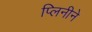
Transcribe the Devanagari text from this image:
प्लिनीने